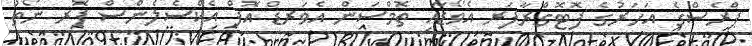
ޕްރެސްގެ އަހަރުގެ ފޮޓޮގްރާފަރ އެވޯޑާއި ތޮމްސަން އެވަރޑް އޮފް އެކްސެލެންސް ފޮރ ނޯތު